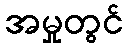
အမှုတွင်